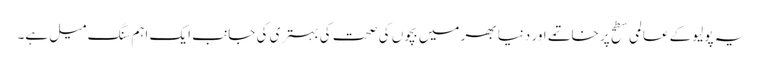
یہ پولیو کے عالمی سطح پر خاتمے اور دنیا بھر میں بچوں کی صحت کی بہتری کی جانب ایک اہم سنگ میل ہے۔